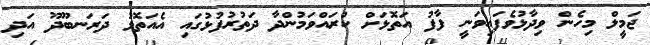
ޖަމީލް މިހެން ވިދާޅުވެފައިވަނީ ފާފު އަތޮޅަށް ކުރައްވަމުންދާ ދަތުރުފުޅުގައި އެއަތޮޅު ދަރަނބޫދޫ އަދި